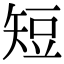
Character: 短